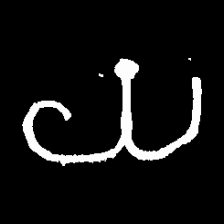
Pyu character \u2014 Myanmar letter: ယ (romanized: ya)